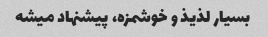
بسیار لذیذ و خوشمزه، پیشنهاد میشه